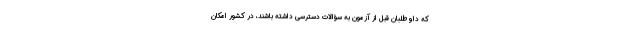
که داوطلبان قبل از آزمون به سؤالات دسترسی داشته باشند، در کشور امکان